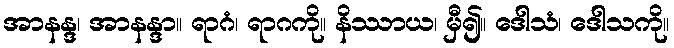
အာနန္ဒ၊ အာနန္ဒာ။ ရာဂံ၊ ရာဂကို။ နိဿာယ၊ မှီ၍။ ဒေါသံ၊ ဒေါသကို။